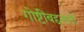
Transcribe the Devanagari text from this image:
गोष्टींबद्दलली